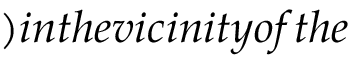
) i n t h e v i c i n i t y o f t h e